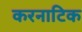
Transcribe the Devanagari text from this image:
करनाटिक